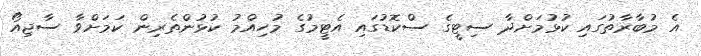
އެ މުބާރާތުގައި ކުޅުމަށްދާ ސިޓީގެ ސްކޮޑުގައި އެޓީމުގެ މުހިއްމު ކުޅުންތެރިން ކަމަށްވާ ސާޖިއޯ